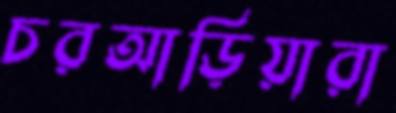
চরআড়িয়ারা